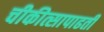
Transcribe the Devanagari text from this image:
चीकीत्सापाढती